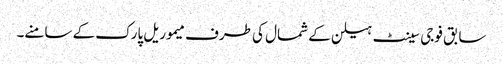
سابق فوجی سینٹ ہیلن کے شمال کی طرف میموریل پارک کے سامنے۔